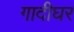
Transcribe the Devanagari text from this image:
गादीघर